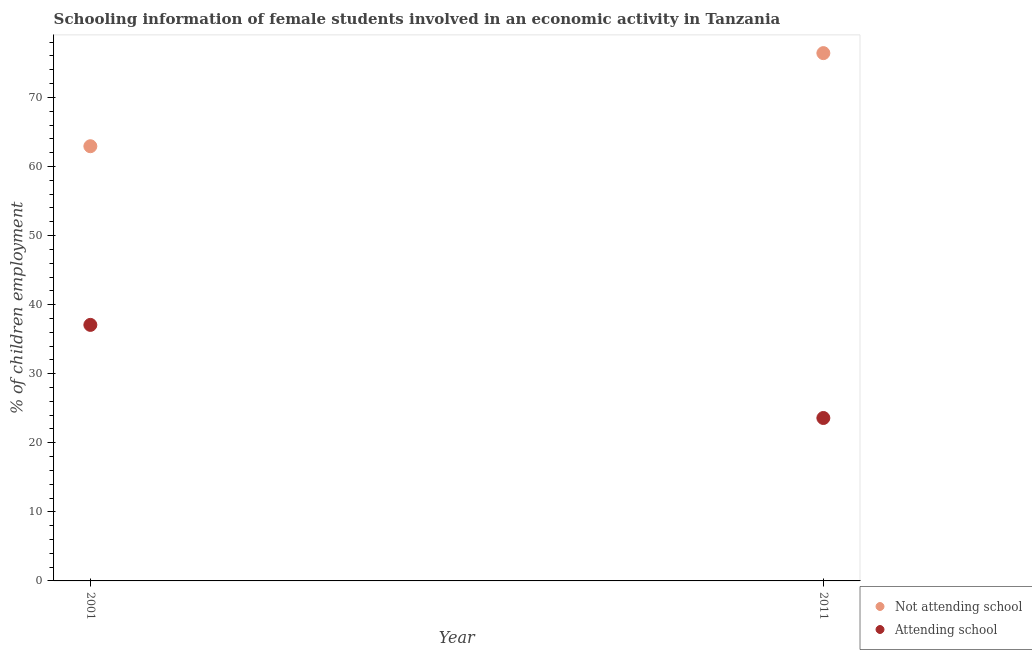
| Year | Not attending school | Attending school |
 | --- | --- | --- |
 | 2001 | 62.9 | 37.1 |
 | 2011 | 76.4 | 23.6 |